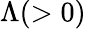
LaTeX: \Lambda(>0)